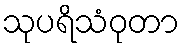
သုပရိသံဝုတာ